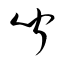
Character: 聞